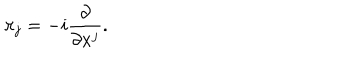
LaTeX: \pi _ { j } = - i { \frac { \partial } { \partial x ^ { j } } } .